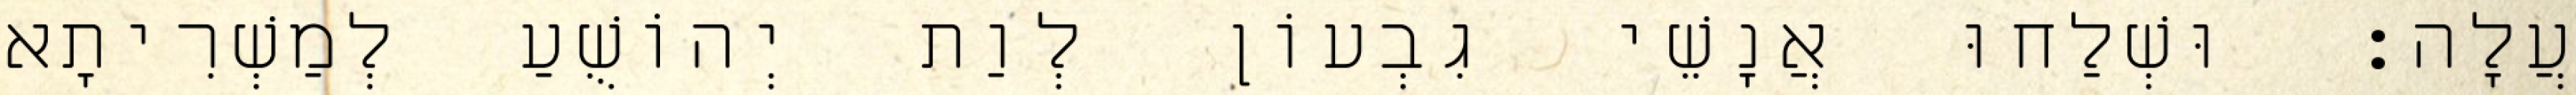
עֲלָה׃ וּשְׁלַחוּ אֲנָשֵׁי גִבְעוֹן לְוַת יְהוֹשֻׁעַ לְמַשְׁרִיתָא